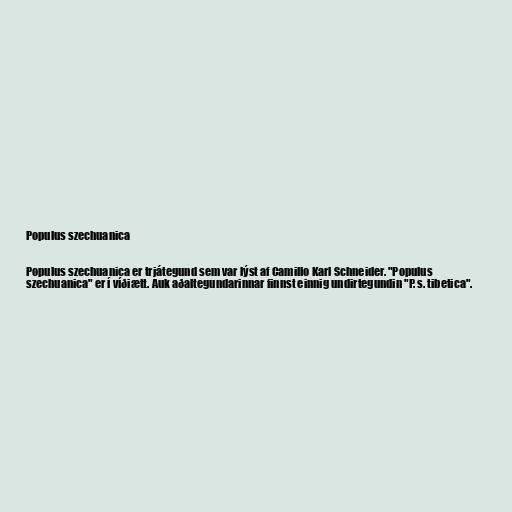
Populus szechuanica

Populus szechuanica er trjátegund sem var lýst af Camillo Karl Schneider. "Populus
szechuanica" er í víðiætt. Auk aðaltegundarinnar finnst einnig undirtegundin "P. s. tibetica".